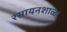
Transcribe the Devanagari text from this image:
रसायनशाळा